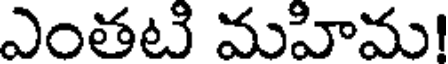
ఎంతటి మహిమ!